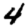
Digit: 4